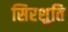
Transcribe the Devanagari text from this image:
सिरशुति